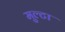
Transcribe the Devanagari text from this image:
मुल्टा